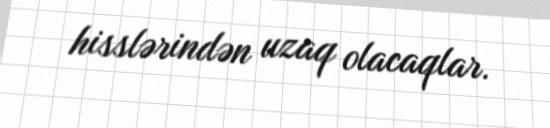
hisslərindən uzaq olacaqlar.